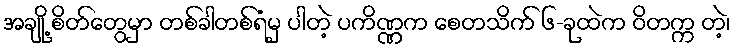
အချို့ စိတ်တွေမှာ တစ်ခါတစ်ရံမှ ပါတဲ့ ပကိဏ္ဏက စေတသိက် ၆-ခုထဲက ဝိတက္က တဲ့၊